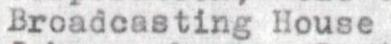
Broadcasting House